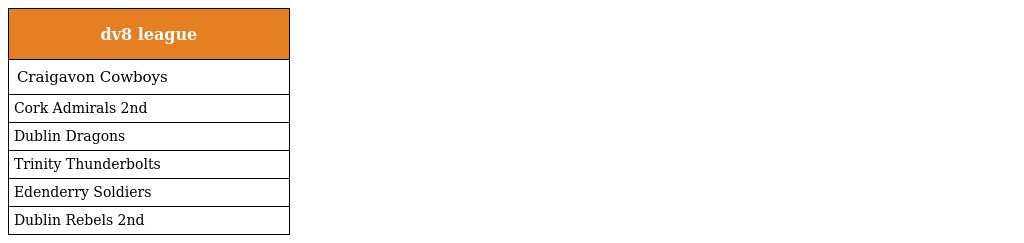
| dv8 league |
 | --- |
 | Craigavon Cowboys |
 | Cork Admirals 2nd |
 | Dublin Dragons |
 | Trinity Thunderbolts |
 | Edenderry Soldiers |
 | Dublin Rebels 2nd |